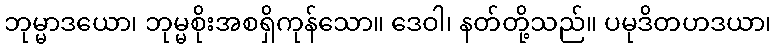
ဘုမ္မာဒယော၊ ဘုမ္မစိုးအစရှိကုန်သော။ ဒေဝါ၊ နတ်တို့သည်။ ပမုဒိတဟဒယာ၊